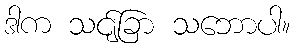
ဒါက သင်ျခြာ သဘောပါ။